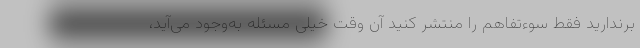
برندارید فقط سوءتفاهم را منتشر کنید آن وقت خیلی مسئله به‌وجود می‌آید،